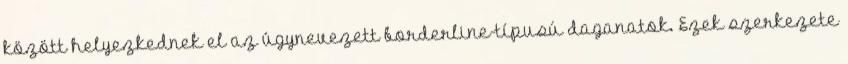
között helyezkednek el az úgynevezett borderline-típusú daganatok. Ezek szerkezete